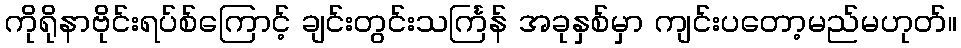
ကိုရိုနာဗိုင်းရပ်စ်ကြောင့် ချင်းတွင်းသင်္ကြန် အခုနှစ်မှာ ကျင်းပတော့မည်မဟုတ်။